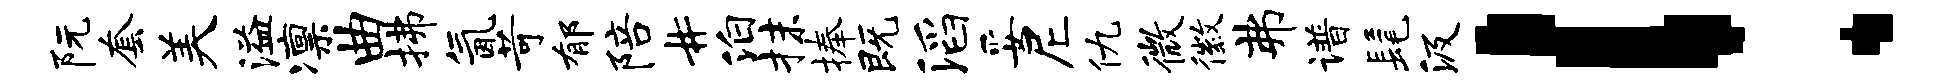
阮套美溢凛曲拂氤苛郁陪#泊抹捧既滔妥尼仇微徽弗谱髦汲！